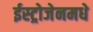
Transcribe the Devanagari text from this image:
ईस्ट्रोजेनमधे